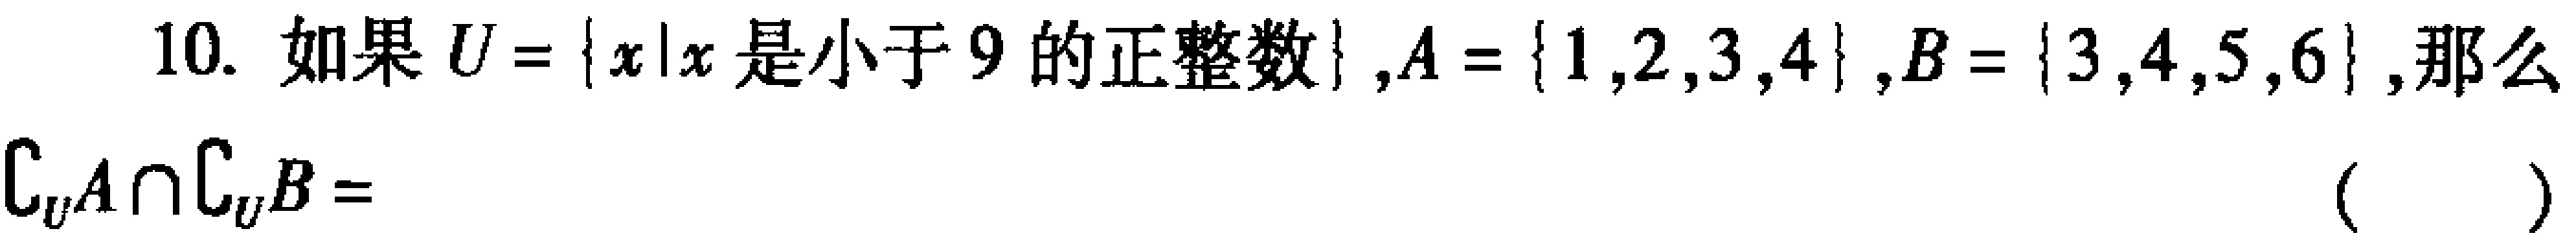
10. 如果$U = \{x|x\text{ 是小于 }9\text{ 的正整数}\},A = \{1,2,3,4\},B = \{3,4,5,6\}$,那么$\complement_U A\cap\complement_U B =$（  ）